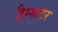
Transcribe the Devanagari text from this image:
हैम्सटर